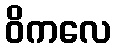
ဝိကလေ